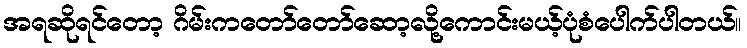
အရဆိုရင်တော့ ဂိမ်းကတော်တော်ဆော့လို့ကောင်းမယ့်ပုံစံပေါက်ပါတယ်။